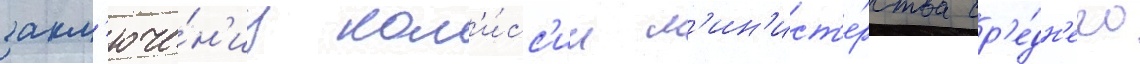
закл'юче́н'иу ком'и́сс'ии м'ин'ист'е́рства ср'е́дн'его